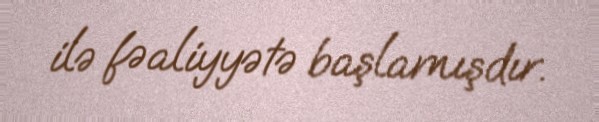
ilə fəaliyyətə başlamışdır.